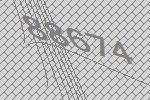
88674